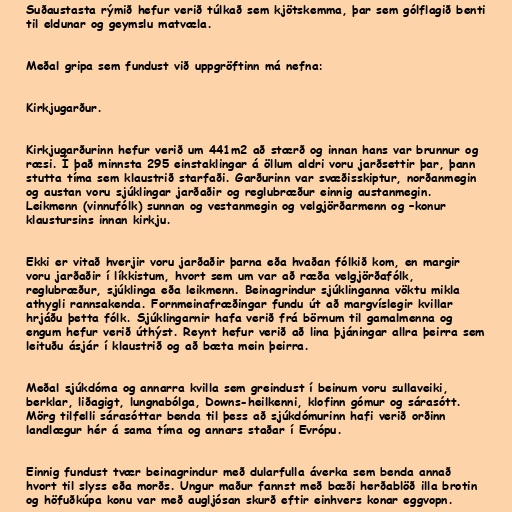
Suðaustasta rýmið hefur verið túlkað sem kjötskemma, þar sem gólflagið benti
til eldunar og geymslu matvæla.

Meðal gripa sem fundust við uppgröftinn má nefna:

Kirkjugarður.

Kirkjugarðurinn hefur verið um 441m2 að stærð og innan hans var brunnur og
ræsi. Í það minnsta 295 einstaklingar á öllum aldri voru jarðsettir þar, þann
stutta tíma sem klaustrið starfaði. Garðurinn var svæðisskiptur, norðanmegin
og austan voru sjúklingar jarðaðir og reglubræður einnig austanmegin.
Leikmenn (vinnufólk) sunnan og vestanmegin og velgjörðarmenn og –konur
klaustursins innan kirkju.

Ekki er vitað hverjir voru jarðaðir þarna eða hvaðan fólkið kom, en margir
voru jarðaðir í líkkistum, hvort sem um var að ræða velgjörðafólk,
reglubræður, sjúklinga eða leikmenn. Beinagrindur sjúklinganna vöktu mikla
athygli rannsakenda. Fornmeinafræðingar fundu út að margvíslegir kvillar
hrjáðu þetta fólk. Sjúklingarnir hafa verið frá börnum til gamalmenna og
engum hefur verið úthýst. Reynt hefur verið að lina þjáningar allra þeirra sem
leituðu ásjár í klaustrið og að bæta mein þeirra.

Meðal sjúkdóma og annarra kvilla sem greindust í beinum voru sullaveiki,
berklar, liðagigt, lungnabólga, Downs-heilkenni, klofinn gómur og sárasótt.
Mörg tilfelli sárasóttar benda til þess að sjúkdómurinn hafi verið orðinn
landlægur hér á sama tíma og annars staðar í Evrópu.

Einnig fundust tvær beinagrindur með dularfulla áverka sem benda annað
hvort til slyss eða morðs. Ungur maður fannst með bæði herðablöð illa brotin
og höfuðkúpa konu var með augljósan skurð eftir einhvers konar eggvopn.